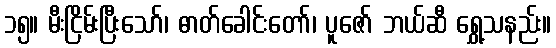
၁၅။ မီးငြိမ်းပြီးသော်၊ ဓာတ်ခေါင်းတော်၊ ပူဇော် ဘယ်ဆီ ရွှေ့သနည်း။